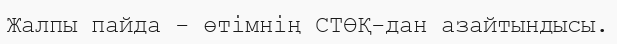
Жалпы пайда - өтімнің СТӨҚ-дан азайтындысы.